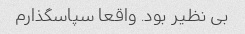
بی نظیر بود. واقعا سپاسگذارم